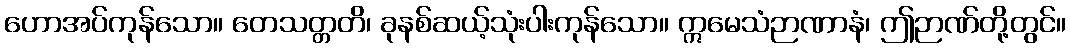
ဟောအပ်ကုန်သော။ တေသတ္တတိ၊ ခုနစ်ဆယ့်သုံးပါးကုန်သော။ ဣမေသံဉာဏာနံ၊ ဤဉာဏ်တို့တွင်။